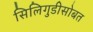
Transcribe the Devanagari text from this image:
सिलिगुडीसोबत